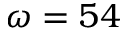
\omega = 5 4